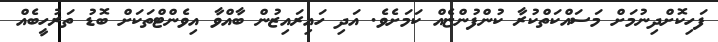
ފަހިކޮށްދިނުމަށް މަސައްކަތްކުރާ ކުންފުންޏެއް ކަމަށެވެ. އަދި ހައިރައިޒުން ބާއްވާ އިވެންޓްތަކަށް ބޮޑު ތަރުހީބެއް